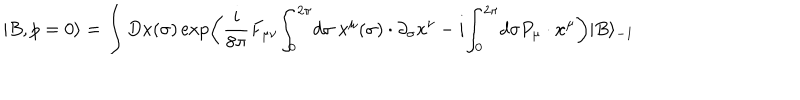
LaTeX: | B , p = 0 \rangle = \int D x ( \sigma ) \exp \left( { \frac { i } { 8 \pi } } F _ { \mu \nu } { \int _ { 0 } } ^ { 2 \pi } d \sigma ~ x ^ { \mu } ( \sigma ) \cdot \partial _ { \sigma } x ^ { \nu } - i { \int _ { 0 } } ^ { 2 \pi } d \sigma P _ { \mu } \cdot x ^ { \mu } \right) | B \rangle _ { - 1 }